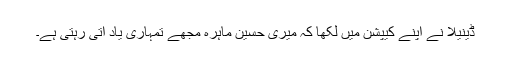
ڈینیلا نے اپنے کیپشن میں لکھا کہ میری حسین ماہرہ مجھے تمہاری یاد آتی رہتی ہے۔